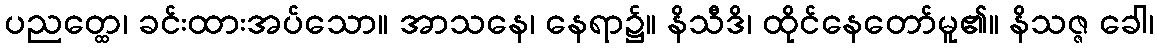
ပညတ္ထေ၊ ခင်းထားအပ်သော။ အာသနေ၊ နေရာ၌။ နိသီဒိ၊ ထိုင်နေတော်မူ၏။ နိသဇ္ဇ ခေါ၊